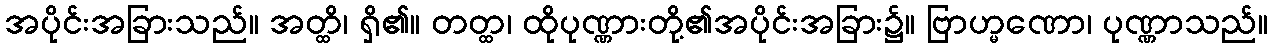
အပိုင်းအခြားသည်။ အတ္ထိ၊ ရှိ၏။ တတ္ထ၊ ထိုပုဏ္ဏားတို့၏အပိုင်းအခြား၌။ ဗြာဟ္မဏော၊ ပုဏ္ဏာသည်။